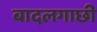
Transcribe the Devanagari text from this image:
बादलगाछी